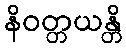
နိဝတ္တယန္တိ